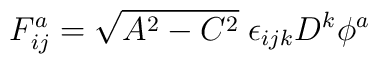
F_{ij}^a = \sqrt{A^2 - C^2} \; \epsilon_{ijk} D^k \phi ^a